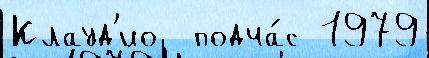
Клауд'ио  подча́с 1979